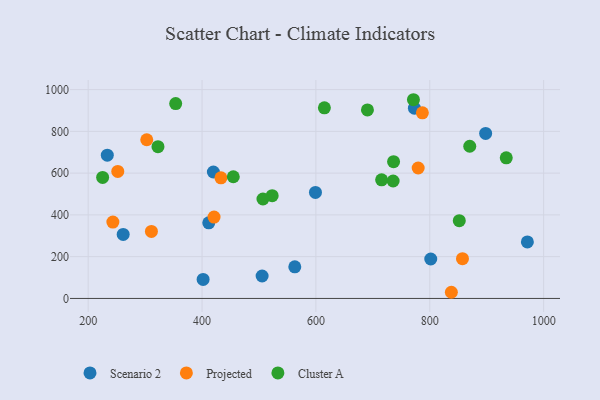
{"axis": {"x": "Study Hours", "y": "Profit"}, "legend": ["Cluster A", "Projected", "Scenario 2"], "data": [{"x": "801.7", "y": 188.8, "type": "Scenario 2"}, {"x": "971.4", "y": 270.5, "type": "Scenario 2"}, {"x": "419.9", "y": 605.4, "type": "Scenario 2"}, {"x": "401.9", "y": 91.0, "type": "Scenario 2"}, {"x": "261.5", "y": 306.5, "type": "Scenario 2"}, {"x": "562.9", "y": 151.4, "type": "Scenario 2"}, {"x": "233.6", "y": 686.0, "type": "Scenario 2"}, {"x": "505.5", "y": 107.5, "type": "Scenario 2"}, {"x": "411.8", "y": 362.0, "type": "Scenario 2"}, {"x": "599.2", "y": 507.8, "type": "Scenario 2"}, {"x": "898.1", "y": 790.3, "type": "Scenario 2"}, {"x": "773.0", "y": 911.1, "type": "Scenario 2"}, {"x": "433.2", "y": 577.4, "type": "Projected"}, {"x": "421.1", "y": 389.4, "type": "Projected"}, {"x": "857.4", "y": 190.3, "type": "Projected"}, {"x": "243.4", "y": 365.9, "type": "Projected"}, {"x": "252.0", "y": 608.4, "type": "Projected"}, {"x": "837.9", "y": 29.5, "type": "Projected"}, {"x": "311.1", "y": 320.7, "type": "Projected"}, {"x": "779.6", "y": 624.7, "type": "Projected"}, {"x": "302.9", "y": 759.9, "type": "Projected"}, {"x": "787.0", "y": 888.8, "type": "Projected"}, {"x": "523.2", "y": 491.9, "type": "Cluster A"}, {"x": "870.2", "y": 728.7, "type": "Cluster A"}, {"x": "690.5", "y": 902.7, "type": "Cluster A"}, {"x": "353.7", "y": 933.0, "type": "Cluster A"}, {"x": "614.9", "y": 912.9, "type": "Cluster A"}, {"x": "771.3", "y": 951.6, "type": "Cluster A"}, {"x": "715.4", "y": 568.1, "type": "Cluster A"}, {"x": "322.6", "y": 727.0, "type": "Cluster A"}, {"x": "225.4", "y": 579.5, "type": "Cluster A"}, {"x": "454.9", "y": 582.7, "type": "Cluster A"}, {"x": "934.3", "y": 673.4, "type": "Cluster A"}, {"x": "851.8", "y": 372.4, "type": "Cluster A"}, {"x": "736.4", "y": 655.0, "type": "Cluster A"}, {"x": "507.0", "y": 476.1, "type": "Cluster A"}, {"x": "735.6", "y": 562.3, "type": "Cluster A"}]}